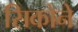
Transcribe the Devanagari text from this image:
सिकोने